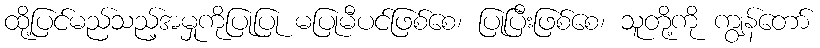
ထို့ပြင်မည်သည့်အမှုကိုပြုပြု မပြုမီပင်ဖြစ်စေ၊ ပြုပြီးဖြစ်စေ၊ သူတို့ကို ကျွန်တော်